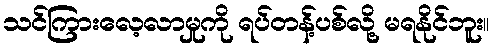
သင်ကြားလေ့လာမှုကို ရပ်တန့်ပစ်လို့ မရနိုင်ဘူး။